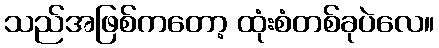
သည်အဖြစ်ကတော့ ထုံးစံတစ်ခုပဲလေ။